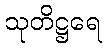
သုတိဋ္ဌရေ